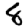
Digit: 8